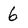
Character: 6